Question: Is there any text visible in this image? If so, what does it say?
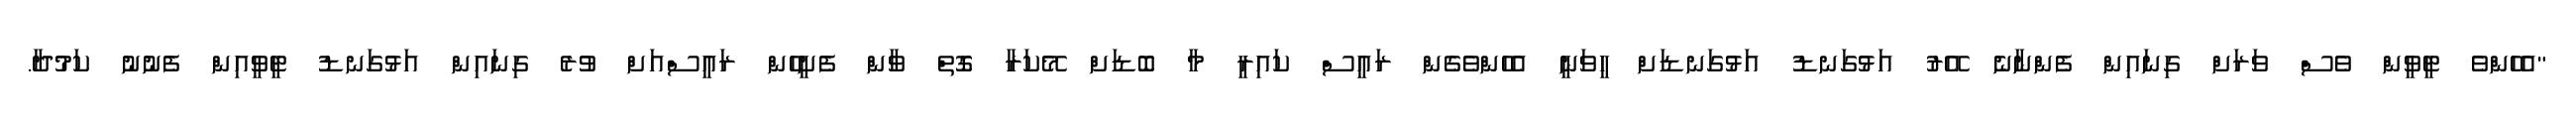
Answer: "އެހެންވެ ޓީވީން ވެސް ވަރަށް ގިނައިން ފެންނާނެ އޭރު އަޅުގަނޑު އަޅުގަނޑަށް ހީވަނީ އެހެންވެގެން ރައީސް ކައިރީ މާ ބޮޑަށް މޭކަރާ ގޮތް ވާން ފެށީހެން ރައީސްއަށް ވުރެ ގިނައިން އަޅުގަނޑު ޓީވީއިން ފެނުނު ކަމުދާ.